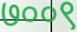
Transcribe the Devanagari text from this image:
७००९